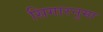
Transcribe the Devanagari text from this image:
सिगारनुमा